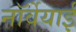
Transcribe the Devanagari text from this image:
नॉर्वेयाई